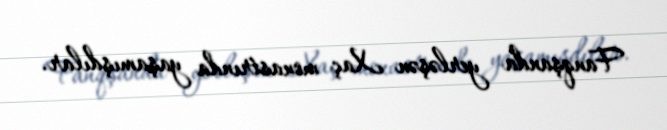
Fanqşanda yerləşən Xaç monastrında yaşamışdılar.